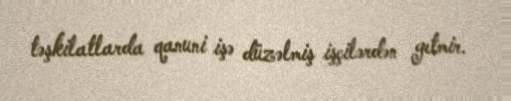
təşkilatlarda qanuni işə düzəlmiş işçilərdən getmir.